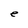
Character: e